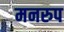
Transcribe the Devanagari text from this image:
मनरुप